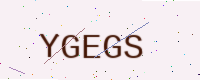
Text: YGEGS